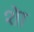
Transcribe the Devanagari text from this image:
शेा